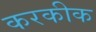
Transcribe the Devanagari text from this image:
करकीक